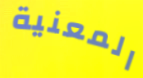
المعنية